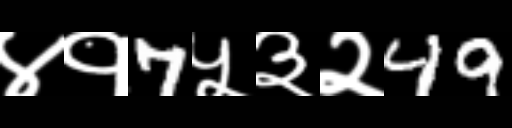
Text: ४१7५३२49